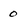
Character: 0